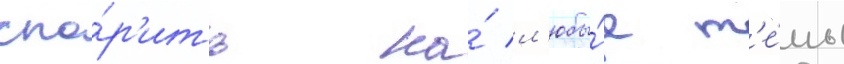
спо́р'ить на́ л'юбы́е т'е́мы